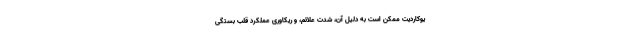
یوکاردیت ممکن است به دلیل آن، شدت علائم، و ریکاوری عملکرد قلب بستگی